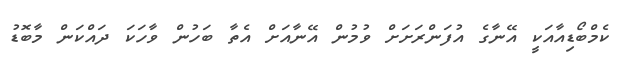
ކެމްބޯޑިއާއަކީ އޭނާގެ އުފަންރަށަށް ވުމުން އޭނާއަށް އެތާ ބަހުން ވާހަކަ ދައްކަން މާބޮޑު